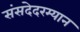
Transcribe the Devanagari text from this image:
संसदेदरम्यान